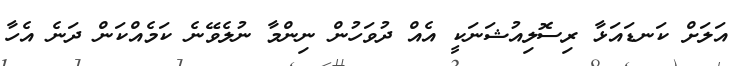
އަލަށް ކަނޑައަޅާ ރިސޮލިއުޝަނަކީ އެއް ދުވަހުން ނިންމާ ނުލެވޭނެ ކަމެއްކަން ދަނެ އެހާ